Lunatic asylums Madras 1877-1891 - 1877-1891
Year: 1877
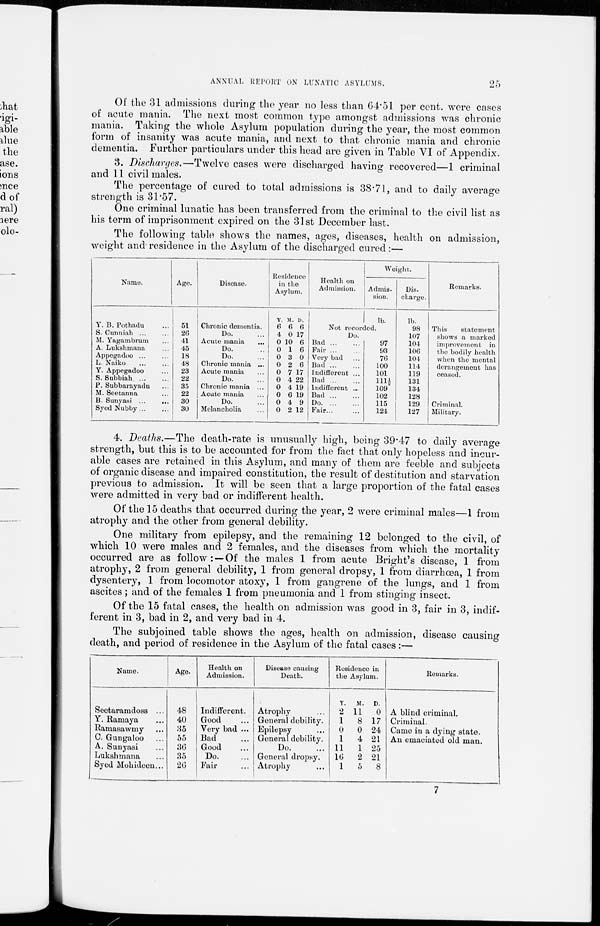
25
ANNUAL REPORT ON LUNATIC ASYLUMS.
Of the 31 admissions during the year no less than 64.5l per cent. were cases
of acute mania. The next most common type amongst admissions was chronic
mania. Taking the whole Asylum population during the year, the most common
form of insanity was acute mania, and next to that chronic mania and chronic
dementia. Further particulars under this head are given in Table VI of Appendix.
3. Discharges.—Twelve cases were discharged having recovered—1 criminal
and 11 civil males.
The percentage of cured to total admissions is 38.71, and to daily average
strength is 31.57.
One criminal lunatic has been transferred from the criminal to the civil list as
his term of imprisonment expired on the 31st December last.
The following table shows the names, ages, diseases, health on admission,
weight and residence in the Asylum of the discharged cured:—
Name.
Y. B. Pothadu ...
S. Cunniah ... ...
M. Yagambrum ...
A. Lukshmana ...
Appegadoo ... ...
L. Naiko ... ...
Y. Appegadoo ...
S. Subbiah ... ...
P. Subbarayadu ...
M. Seetanna ...
B. Sunyasi ...
...
Syed Nubby ... ...
Age.
51
26
41
45
18
48
23
22
35
22
30
30
Disease.
Chronic dementia.
Do. ...
Acute mania ...
Do. ...
Do. ...
Chronic mania ...
Acute mania ...
Do.
Chronic mania ...
Acute mania ...
Do. ...
Melancholia ...
Residence
in the
Asylum.
Y.
6
4
0
0
0
0
0
0
0
0
0
0
M.
6
0
10
1
3
2
7
4
4
6
4
2
D.
6
17
6
6
0
6
17
22
19
19
9
12
Health on
Admission.
Weight.
Admis-
sion.
lb.
Not recorded.
Do.
Bad
...
...
Fair...
...
Very bad ...
Bad
...
...
Indifferent ...
Bad
...
...
Indifferent ...
Bad
...
...
Do...
...
Fair
...
...
97
93
76
100
101
111½
109
102
115
124
Dis-
charge.
lb.
98
107
104
106
104
114
119
131
134
128
129
127
Remarks.
This
statement
shows a marked
improvement in
the bodily health
when the mental
derangement has
ceased.
Criminal.
Military.
4. Deaths.—The death-rate is unusually high, being 39.47 to daily average
strength, but this is to be accounted for from the fact that only hopeless and incur-
able cases are retained in this Asylum, and many of them are feeble and subjects
of organic disease and impaired constitution, the result of destitution and starvation
previous to admission. It will be seen that a large proportion of the fatal cases
were admitted in very bad or indifferent health.
Of the 15 deaths that occurred during the year, 2 were criminal males—1 from
atrophy and the other from general debility.
One military from epilepsy, and the remaining 12 belonged to the civil, of
which 10 were males and 2 females, and the diseases from which the mortality
occurred are as follow: —Of the males 1 from acute Bright's disease, 1 from
atrophy, 2 from general debility, 1 from general dropsy, 1 from diarrhœa, 1 from
dysentery, 1 from locomotor atoxy, 1 from gangrene of the lungs, and 1 from
ascites; and of the females 1 from pneumonia and 1 from stinging insect.
Of the 15 fatal cases, the health on admission was good in 3, fair in 3, indif-
ferent in 3, bad in 2, and very bad in 4.
The subjoined table shows the ages, health on admission, disease causing
death, and period of residence in the Asylum of the fatal cases :—
Name.
Seetaramdoss ...
Y. Ramaya ...
Ramasawmy ...
C. Gungaloo ...
A. Sunyasi ...
Lukshmana ...
Syed Mohideen...
Age.
48
40
35
55
36
35
26
Health on
Admission.
Indifferent.
Good ...
Very bad ...
Bad ...
Good ...
Do. ...
Fair ...
Disease causing
Death.
Atrophy ...
General debility.
Epilepsy ...
General debility.
Do. ...
General dropsy.
Atrophy ...
Residence in
the Asylum.
Y.
2
1
0
1
11
16
1
M.
11
8
0
4
1
2
5
D.
0
17
24
21
25
21
8
Remarks.
A blind criminal.
Criminal.
Came in a dying state.
An emaciated old man.
7